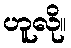
ဟူလို။